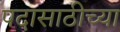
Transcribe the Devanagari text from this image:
पदासाठीच्या